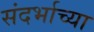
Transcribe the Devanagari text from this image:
संदर्भाच्या